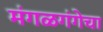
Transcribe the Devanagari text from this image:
मंगळगंगेचा